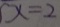
x = 2